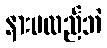
နားမလည်ဘဲ